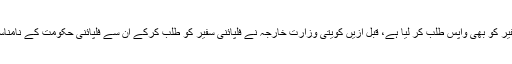
کویت نے منیلا میں متعیّن کویتی سفیر کو بھی واپس طلب کر لیا ہے، قبل ازیں کویتی وزارت خارجہ نے فلپائنی سفیر کو طلب کرکے ان سے فلپائنی حکومت کے نامناسب رویے پر باقاعدہ احتجاج کیا تھا۔